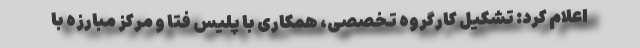
اعلام کرد: تشکیل کارگروه تخصصی، همکاری با پلیس فتا و مرکز مبارزه با